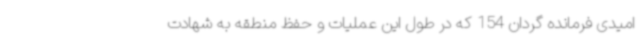
امیدی فرمانده گردان 154 که در طول این عملیات و حفظ منطقه به شهادت